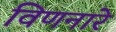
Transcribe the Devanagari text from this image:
विणनारे